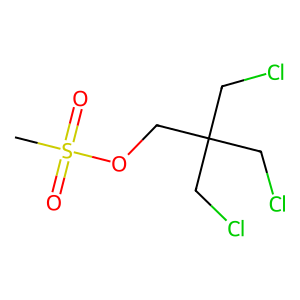
SMILES: CS(=O)(=O)OCC(CCl)(CCl)CCl
Inhibits HIV replication: No